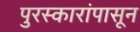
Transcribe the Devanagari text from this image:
पुरस्कारांपासून